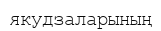
якудзаларының